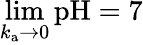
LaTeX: {\operatorname*{lim}_{k_{\mathrm{a}}\to 0}{\mathrm{pH}}=7}